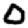
Digit: 0